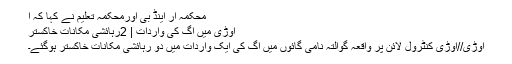
محکمہ آر اینڈ بی اورمحکمہ تعلیم نے کہا کہ ا
اوڑی میں آگ کی واردات | 2رہائشی مکانات خاکستر
اوڑی//اوڑی کنٹرول لائن پر واقعہ گوالتہ نامی گائوں میں آگ کی ایک واردات میں دو رہائشی مکانات خاکستر ہوگئے۔